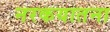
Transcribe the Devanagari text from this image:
नरकयातना